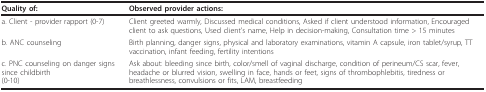
| Quality of: | Observed provider actions: |
 | --- | --- |
 | a. Client - provider rapport (0-7) | Client greeted warmly, Discussed medical conditions, Asked if client understood information, Encouraged client to ask questions, Used client's name, Help in decision-making, Consultation time > 15 minutes |
 | b. ANC counseling | Birth planning, danger signs, physical and laboratory examinations, vitamin A capsule, iron tablet/syrup, TT vaccination, infant feeding, fertility intentions |
 | c. PNC counseling on danger signs since childbirth(0-10) | Ask about: bleeding since birth, color/smell of vaginal discharge, condition of perineum/CS scar, fever, headache or blurred vision, swelling in face, hands or feet, signs of thrombophlebitis, tiredness or breathlessness, convulsions or fits, LAM, breastfeeding |